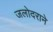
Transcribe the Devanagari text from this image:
जलोदराने